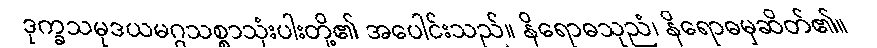
ဒုက္ခသမုဒယမဂ္ဂသစ္စာသုံးပါးတို့၏ အပေါင်းသည်။ နိရောဓသုညံ၊ နိရောဓမှဆိတ်၏။